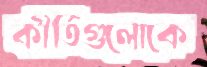
কীর্তিগুলোকে